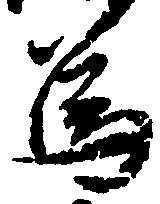
為